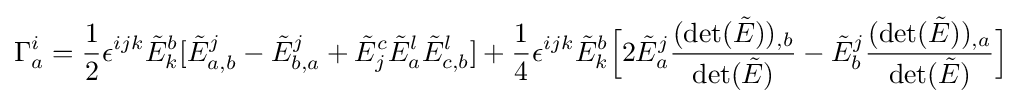
\Gamma _{a}^{i}={1 \over 2}\epsilon ^{ijk}{\tilde {E}}_{k}^{b}[{\tilde {E}}_{a,b}^{j}-{\tilde {E}}_{b,a}^{j}+{\tilde {E}}_{j}^{c}{\tilde {E}}_{a}^{l}{\tilde {E}}_{c,b}^{l}]+{1 \over 4}\epsilon ^{ijk}{\tilde {E}}_{k}^{b}{\Big [}2{\tilde {E}}_{a}^{j}{(\det({\tilde {E}}))_{,b} \over \det({\tilde {E}})}-{\tilde {E}}_{b}^{j}{(\det({\tilde {E}}))_{,a} \over \det({\tilde {E}})}{\Big ]}